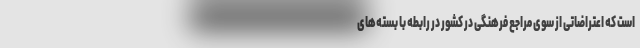
است که اعتراضاتی از سوی مراجع فرهنگی در کشور در رابطه با بسته‌های